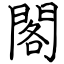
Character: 閣